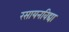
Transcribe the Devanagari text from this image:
रसायनविद्या